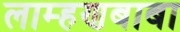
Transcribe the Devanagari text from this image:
लाम्हणबाबा